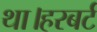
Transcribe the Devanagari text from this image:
था।हरबर्ट